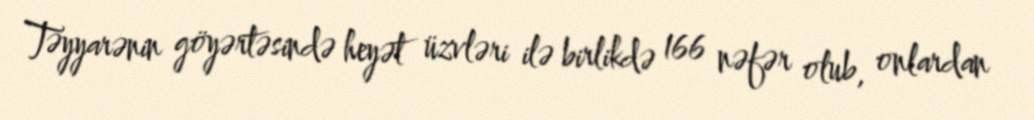
Təyyarənin göyərtəsində heyət üzvləri ilə birlikdə 166 nəfər olub, onlardan